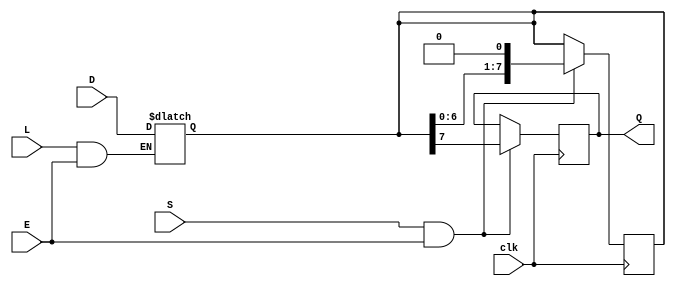
module PISO_Register (
    input wire [7:0] D,       // Parallel data input (8 bits)
    input wire L,             // Load signal (active high)
    input wire S,             // Shift signal (active high)
    input wire E,             // Enable signal (active high)
    output reg Q,             // Serial output
    input wire clk            // Clock input (for synchronous operations)
);

    reg [7:0] shift_reg;      // Internal shift register to hold the data

    // Asynchronous Load
    always @(*) begin
        if (L && E) begin
            shift_reg <= D;   // Load data into shift register when Load is high
        end
    end

    // Shift operation
    always @(posedge clk) begin
        if (S && E) begin
            Q <= shift_reg[7]; // Output MSB to Q
            shift_reg <= {shift_reg[6:0], 1'b0}; // Shift left
        end
    end

endmodule